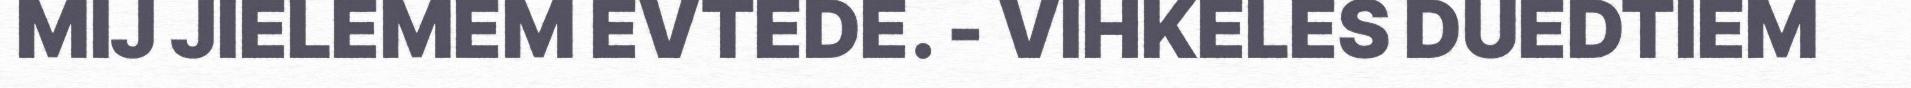
MIJ JIELEMEM EVTEDE. - VIHKELES DUEDTIEM